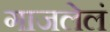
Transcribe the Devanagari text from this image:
गाजलेलं